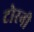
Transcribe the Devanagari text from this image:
टोरनी